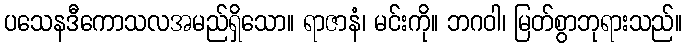
ပသေနဒီကောသလအမည်ရှိသော။ ရာဇာနံ၊ မင်းကို။ ဘဂဝါ၊ မြတ်စွာဘုရားသည်။